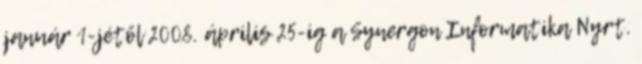
január 1-jétől 2008. április 25-ig a Synergon Informatika Nyrt.